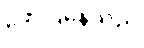
ဖော်ပြနေသည်